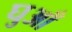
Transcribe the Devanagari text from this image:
घुआँ